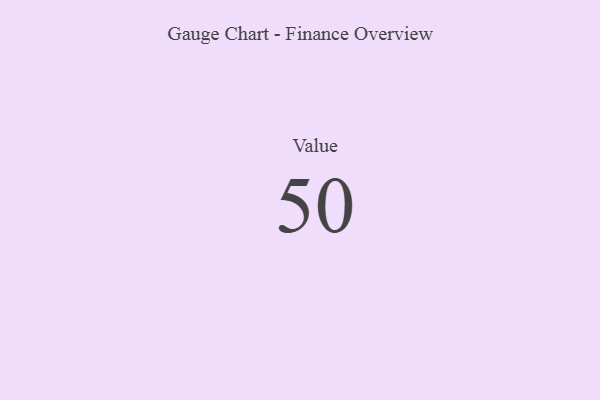
{"axis": {"x": "Metric", "y": "Value"}, "legend": [""], "data": [{"x": "Value", "y": 50, "type": ""}]}